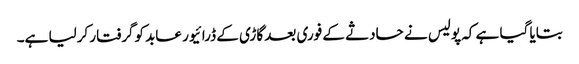
بتایا گیا ہے کہ پولیس نے حادثے کے فوری بعد گاڑی کے ڈرائیور عابد کوگرفتار کرلیا ہے۔